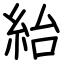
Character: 紿